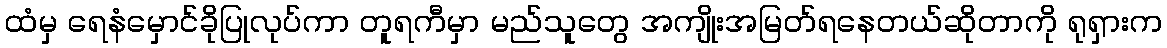
ထံမှ ရေနံမှောင်ခိုပြုလုပ်ကာ တူရကီမှာ မည်သူတွေ အကျိုးအမြတ်ရနေတယ်ဆိုတာကို ရုရှားက